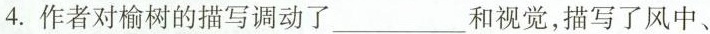
4.作者对榆树的描写调动了___和视觉，描写了风中、